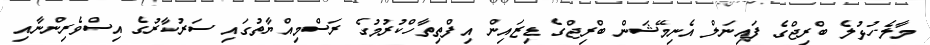
މާލެ-ހުޅުލެ ބްރިޖްގެ ފައިނަލް އެނިމޭޝަން ބްރިޖްގެ ޑިޒައިން އިފްތިތާހްކުރުމުގެ ރަސްމިއްޔާތުގައި ސަރުކާރުގެ އިސްވެރިންނާއި